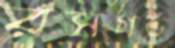
রসগর্ভ